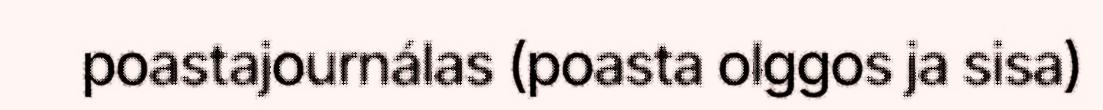
poastajournálas (poasta olggos ja sisa)